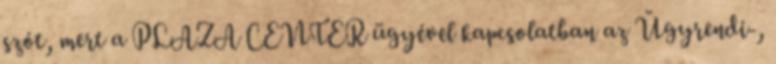
szót, mert a PLAZA CENTER ügyével kapcsolatban az Ügyrendi-,